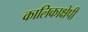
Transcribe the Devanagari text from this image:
कालिकाक्षेपी